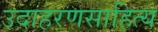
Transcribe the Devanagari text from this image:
उदाहरणसाहित्य